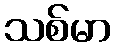
သစ်မာ